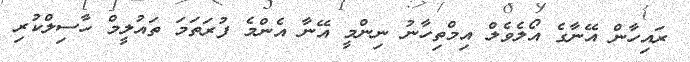
ރައިހާން އޭނާގެ އޯލެވެލް އިމްތިހާނު ނިންމީ އޭނާ އެންމެ ފުރަތަމަ ތައުލީމް ހާސިލްކުރި